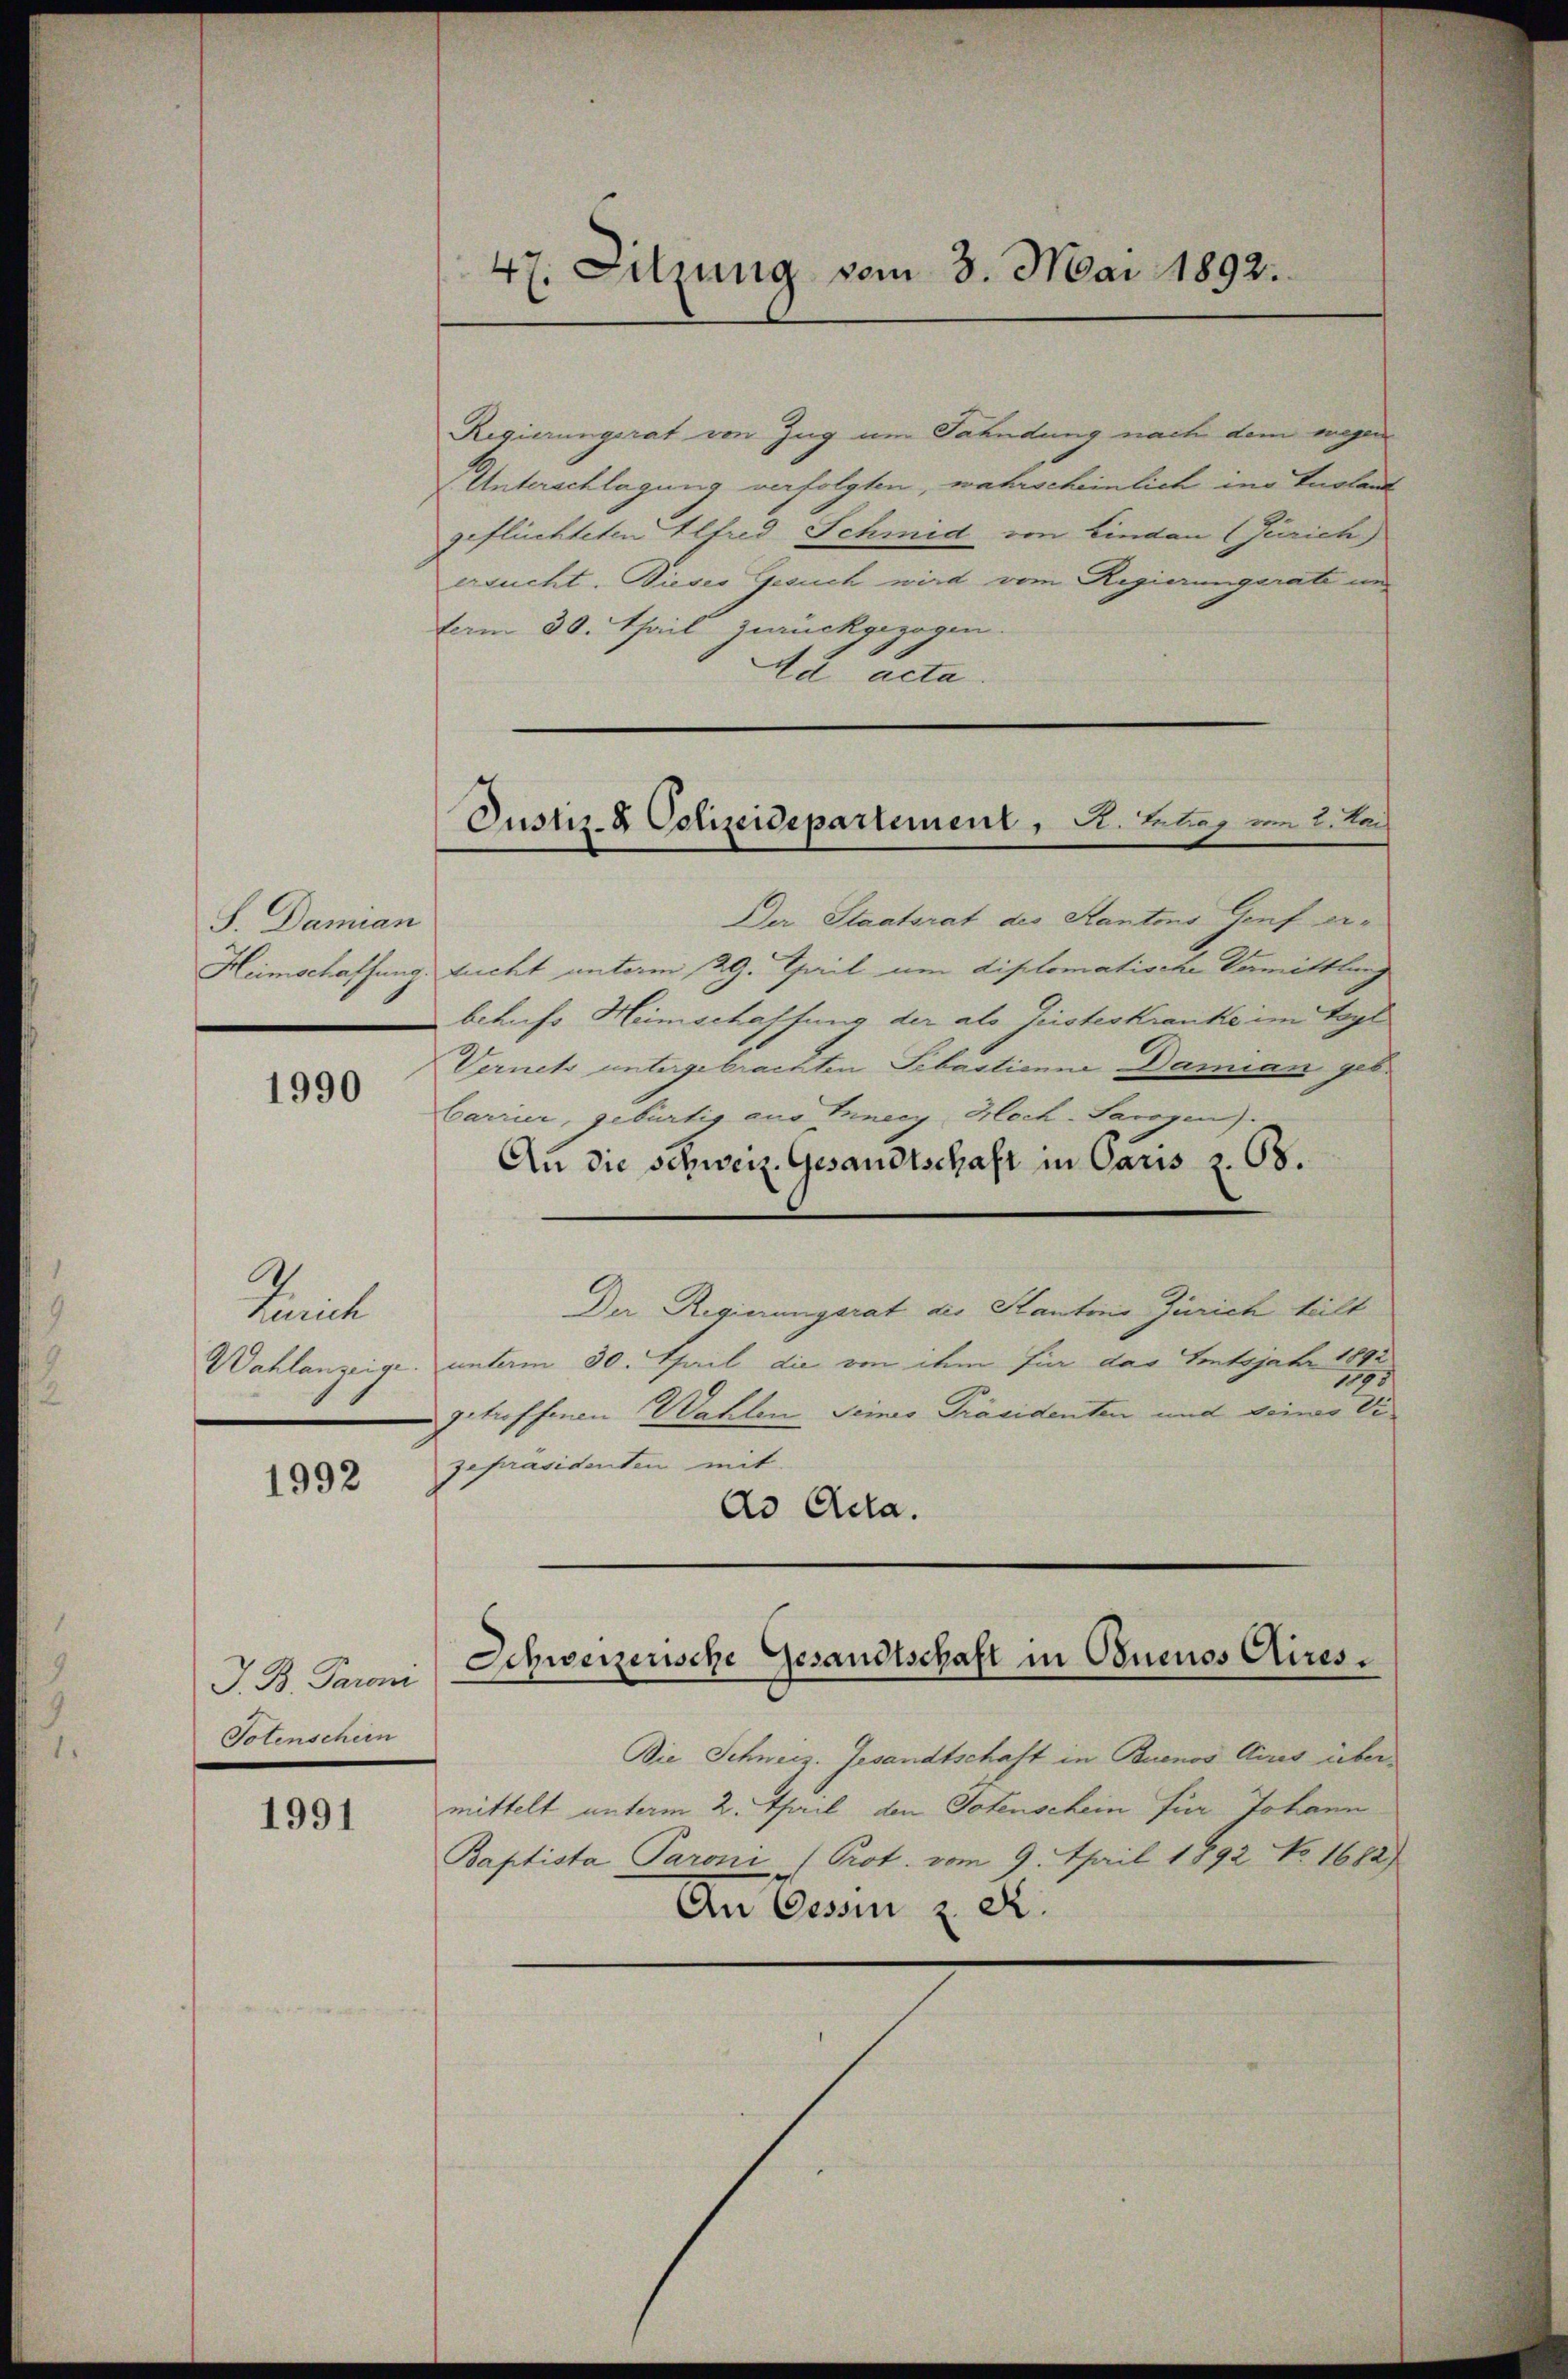
S. Damian
Heimschaffung.

1990

Kemt
Wahlanzeige.

1992

J. B. Paroni
Totenschein

1991

47. Sitzung vom 3. Mai 1892.

Regierungsrat von Zug um Fahndung nach dem wegen
(Unterschlagung verfolgten, wahrscheinlich in Tuolant
geflüchteten Elfred Schmid von Lindau (Zürich)
ersucht. Dieses Gesuch wird vom Regierungsrate und
term 30. Thail zurückgezogen.
da acta.
Der Staatsrat des Kantons Genf er¬
Zucht unterm 29. Theil um diplomatische Vormittlung
behufs Heimschaffung der als Geisteskranke im Tagl
Vernet untergebrachten Sebastienne Damian, geb.
Carrier, gebürtig aus Tineey Hoch-Larogen)
An die schweiz. Gesandtschaft in Paris Z. 68.
Der Regierungsrat des Kantons Zürich teilt
unterm 30. April die von ihm für das Tontsjahr 18
getroffenen Wahlen Seines Präsidenten und beiwo Di
gepräsidenten mit
do Ada.
Die Schweiz. Gesandtschaft in Buenos Aires über
mittelt unterm 2. April den Totenschein für Johann
Baptista Paroni (Prot. vom 9. April 1892 No 1682)
An Cessin 2 S.

Justiz- & Polizeidepartement, d. Betrag vom 2. Jac

Schweizerische Gesandtschaft in Obuenos Aires.